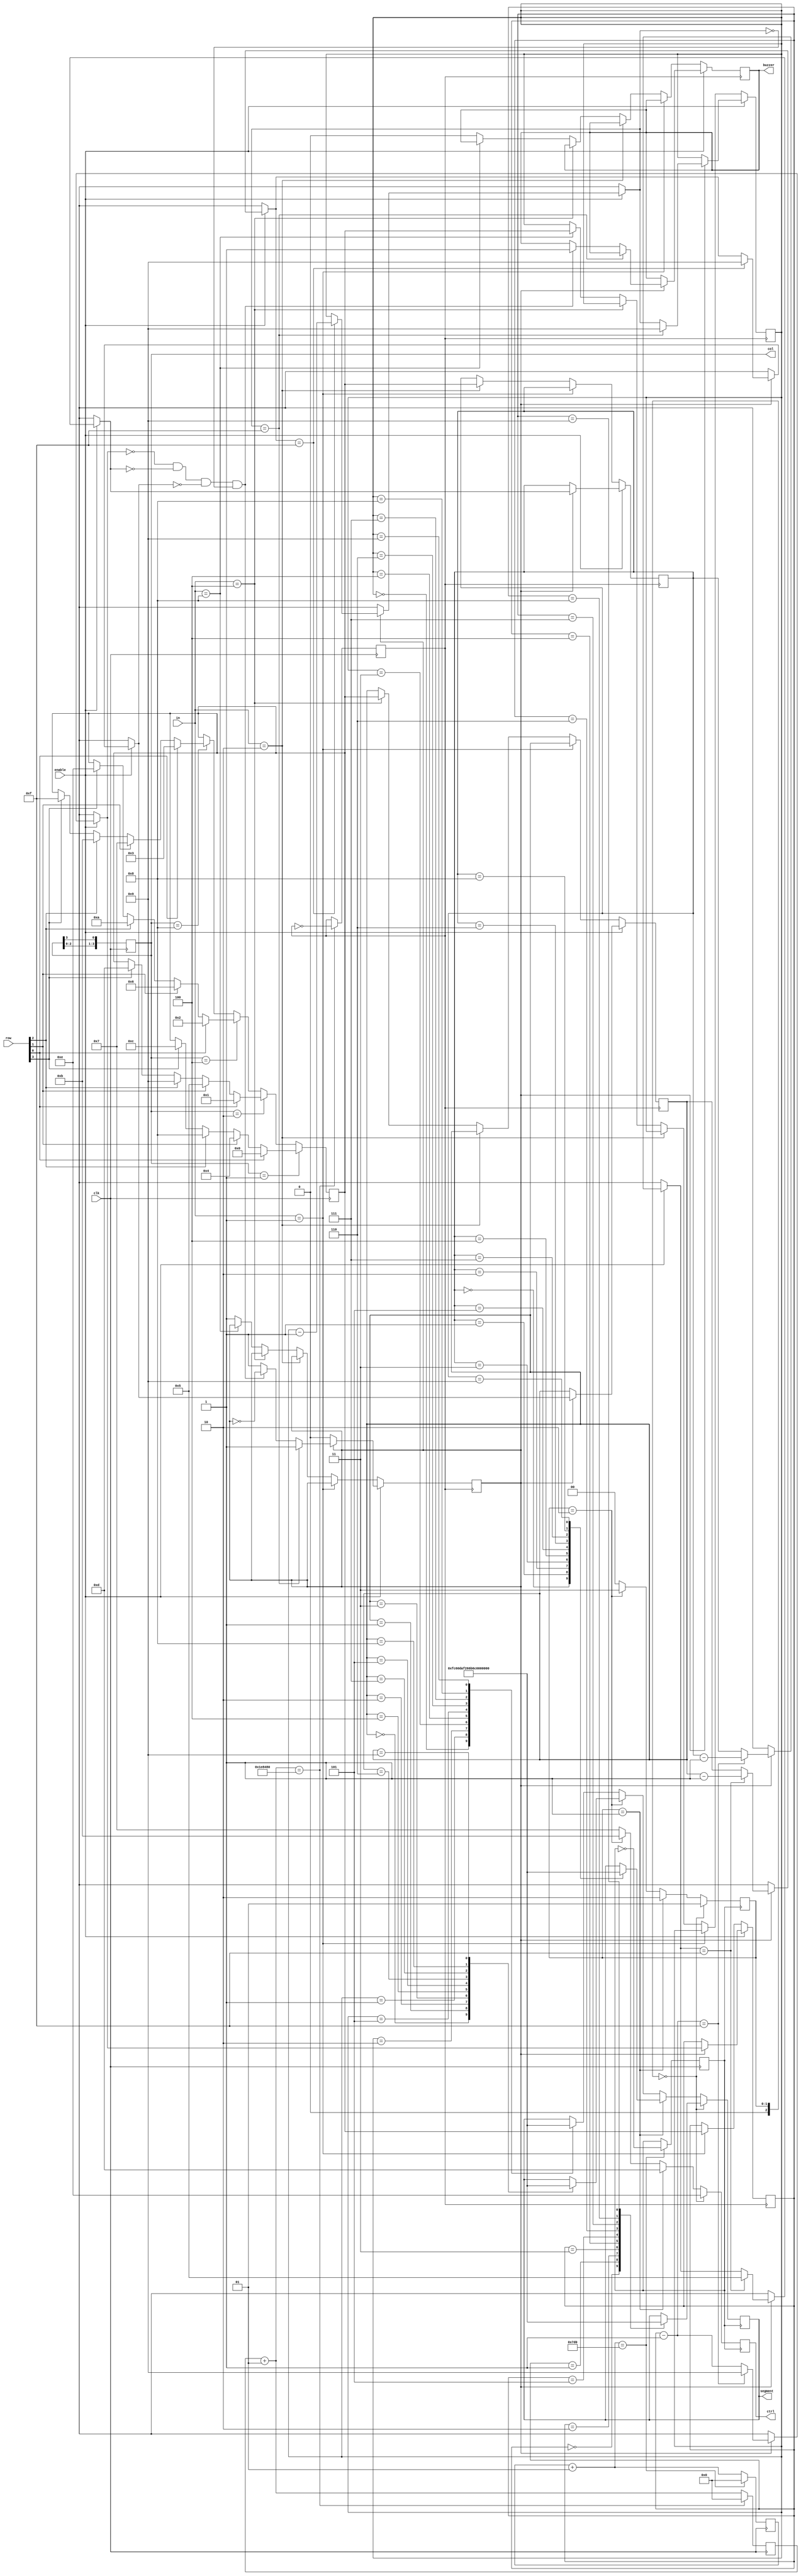
`timescale 1ns / 1ps
module matrix (
	input clk, enable,
	input [3:0] in,         //dip switch select lines
   	input [3:0] row,
	output reg buzzer,
   	output reg [3:0] col,
   	output reg [3:0] ctrl,
   	output reg [7:0] segment
);

integer i, j;       //temporary values 
reg clkdiv, clkdiv2, count; 
reg [2:0] flag; 
reg [3:0] first;    //digits (units)
reg [3:0] second;   //(tens)
reg [3:0] third;    //(hundreds)
reg [3:0] fourth;   //(thousands)
reg [3:0] val;

initial begin
	i = 0;
	j = 0;
	count = 1'b0;
	col = 4'b0001;
	first = 4'b0000;
	second = 4'b0000;
	third = 4'b000;
	fourth = 4'b000;
	clkdiv = 1'b0;
	clkdiv2 = 1'b0;
	flag = 1'b0;
end

always @(posedge clk) begin  //4MHz clock (Spartan 6 FPGA)
	i = i+1; j = j+1;
	if (i == 2000000) begin //for 4MHz clock (depends on the FPGA clock). Keep it low for simulation (1000)
		clkdiv = ~clkdiv;
		i = 0;
	end
	if (j == 2000) begin    //for the multiplexed 7-segment display. Keep it low for simulation(1)
		clkdiv2 = ~clkdiv2;
		j = 0;
	end
end

//Read valuse from matrix keypad
always @(posedge clk) begin
    	if (col==4'b0001) begin
        	if (row[0]==1) val = 4'h0;
        	else if (row[1]==1) val = 4'h4;
        	else if (row[2]==1) val = 4'h8;
        	else if (row[3]==1) val = 4'hc;
    	end
		else if (col==4'b0010) begin
        	if (row[0]==1) val = 4'h1;
        	else if (row[1]==1) val = 4'h5;
        	else if (row[2]==1) val = 4'h9;
        	else if (row[3]==1) val = 4'hd;
    	end
    	else if (col==4'b0100) begin
        	if (row[0]==1) val = 4'h2;
        	else if (row[1]==1) val = 4'h6;
        	else if (row[2]==1) val = 4'ha;
        	else if (row[3]==1) val = 4'he;
    	end
    	else if (col==4'b1000) begin
        	if (row[0]==1) val = 4'h3;
        	else if (row[1]==1) val = 4'h7;
        	else if (row[2]==1) val = 4'hb;
        	else if (row[3]==1) val = 4'hf;
    	end
    	col = ({col[2:0],col[3]});
end
//do not enter values greater than 9. 
//Max value = 99:59 (MM:SS)
	
//Algorithm for Timer down counting
always @(posedge clkdiv) begin  //1Hz clock (increased frequency)
	// Assign values to the digits (registers) from the 4X4 matrix keypad
	if (~enable) begin
		if (in==4'b0001) first = val;
    		else if (in==4'b0010) second = val;
    		else if (in==4'b0100) third = val;
    		else if (in==4'b1000) fourth = val;
    		else begin
        		first = first;
        		second = second;
        		third = third;
        		fourth = fourth;
			buzzer = 1'b0;
			count = 1'b1;
    		end
	end
	// Start the timer when enabled 
	else if (enable) begin
		if (count) begin
        		first = first-1;
        		if (first == 4'd15) begin 
	    			first = 4'd9;
            			second = second-1; 
        		end
        		if (second == 4'd15) begin
            			second = 4'd5;
            			third = third-1;
        		end
        		if (third == 4'd15) begin
            			third = 4'd9;
            			fourth = fourth-1;
        		end
			if (fourth == 4'd15) begin
            			fourth = 4'd9;
        		end
			//Stop the timer at 0000 and ring the buzzer
			else if ((first == 4'd0)&&(second == 4'd0)&&(third == 4'd0)&&(fourth == 4'd0)) begin
				count = ~count;
				first = first;
				second = second;
				third = third;
				fourth = fourth;
				buzzer = 1'b1;
			end
		end
	end
	//pause the timer 
	else begin
		first = first;
		second = second;
		third = third;
		fourth = fourth;
	end
	
end

//Display values in multiplexed 7-degment displays
always@(posedge clkdiv2) begin
	if (flag == 2'b00) begin
		ctrl = 4'b1110;     //controls which of the four 7-segments display
		case (first)
			4'd0:segment=8'b11111100;
			4'd1:segment=8'b01100000;
			4'd2:segment=8'b11011010;  
			4'd3:segment=8'b11110010; 
			4'd4:segment=8'b01100110; 
			4'd5:segment=8'b10110110; 
			4'd6:segment=8'b10111110; 
			4'd7:segment=8'b11100000; 
			4'd8:segment=8'b11111110; 
			4'd9:segment=8'b11110110;  
		endcase
		flag = 2'b01;
	end
		else if (flag == 2'b01) begin
		ctrl = 4'b1101;
		case (second)
			4'd0:segment=8'b11111100;
			4'd1:segment=8'b01100000; 
			4'd2:segment=8'b11011010;  
			4'd3:segment=8'b11110010; 
			4'd4:segment=8'b01100110; 
			4'd5:segment=8'b10110110; 
			4'd6:segment=8'b10111110; 
			4'd7:segment=8'b11100000; 
			4'd8:segment=8'b11111110; 
			4'd9:segment=8'b11110110;         
		endcase
		flag = 2'b10;
	end
	else if (flag == 2'b10) begin
		ctrl = 4'b1011;
		case (third)
			4'd0:segment=8'b11111100;
			4'd1:segment=8'b01100000; 
			4'd2:segment=8'b11011010;  
			4'd3:segment=8'b11110010; 
			4'd4:segment=8'b01100110; 
			4'd5:segment=8'b10110110; 
			4'd6:segment=8'b10111110; 
			4'd7:segment=8'b11100000; 
			4'd8:segment=8'b11111110; 
			4'd9:segment=8'b11110110;         
		endcase
		flag = 2'b11;
	end
	else begin
		ctrl = 4'b0111;
		case (fourth)
			4'd0:segment=8'b11111100;
			4'd1:segment=8'b01100000; 
			4'd2:segment=8'b11011010;  
			4'd3:segment=8'b11110010; 
			4'd4:segment=8'b01100110; 
			4'd5:segment=8'b10110110; 
			4'd6:segment=8'b10111110; 
			4'd7:segment=8'b11100000; 
			4'd8:segment=8'b11111110; 
			4'd9:segment=8'b11110110;         
		endcase
		flag = 2'b00;
	end
end

endmodule